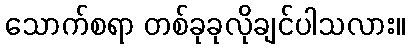
သောက်စရာ တစ်ခုခုလိုချင်ပါသလား။